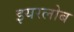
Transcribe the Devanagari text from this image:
इयरलोब